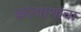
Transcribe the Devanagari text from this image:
कल्याणांचा